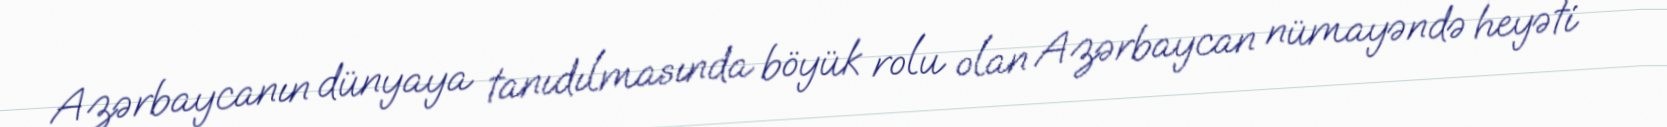
Azərbaycanın dünyaya tanıdılmasında böyük rolu olan Azərbaycan nümayəndə heyəti